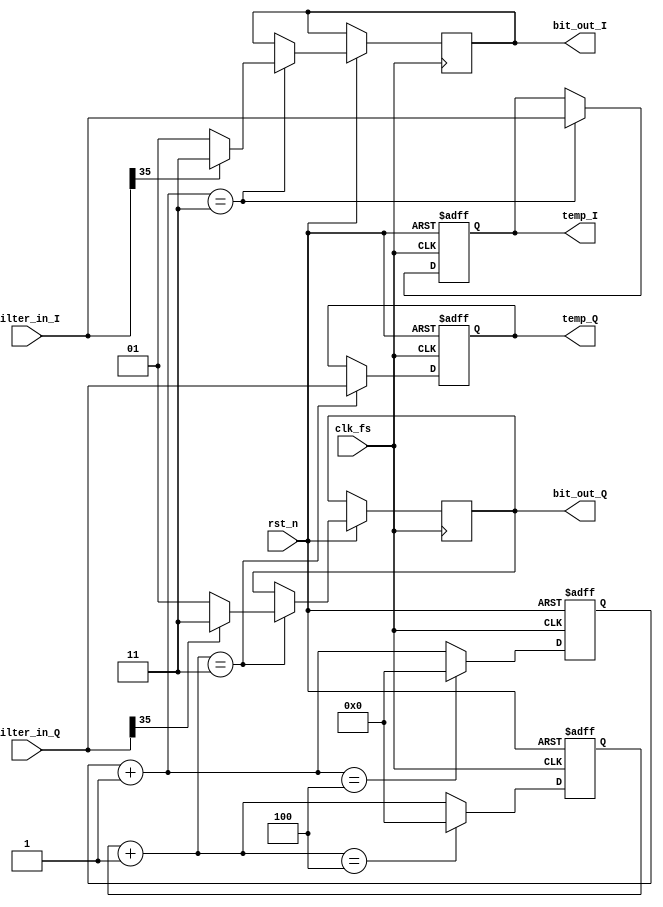
`timescale 1ns / 1ps
//////////////////////////////////////////////////////////////////////////////////
// Company: 
// Engineer: 
// 
// Design Name: 
// Module Name:    hard_decision 
// Project Name: 
// Target Devices: 
// Tool versions: 
// Description: 
//
// Dependencies: 
//
// Revision: 
// Revision 0.01 - File Created
// Additional Comments: 
//
//////////////////////////////////////////////////////////////////////////////////
module hard_decision(		//input
							clk_fs,			//10MHz
							rst_n,			//
							filter_in_I,	//I
							filter_in_Q,	//Q
							//output
							bit_out_I,		//I
							bit_out_Q,		//Q
							temp_I,			//I
							temp_Q			//Q
);

	input              		clk_fs;
	input              		rst_n;
	input		[35:0]		filter_in_I,filter_in_Q;
	output reg [1:0]  		bit_out_I,bit_out_Q;

	output	reg 		[35:0]  	temp_I;			//I
	output	reg 		[35:0]  	temp_Q;			//Q
	reg 	[3:0]	count1;
	reg		[3:0]	count2;
	reg			[35:0]		filter_in_tempI,filter_in_tempQ;
	/* ****************************************************** */
//I route decision
	always @(posedge clk_fs or negedge rst_n)begin
		if(~rst_n)begin
			temp_I = 0;
			filter_in_tempI = 0;
			count1 = 0;
		end
		else begin
			count1 = count1 + 1;
			filter_in_tempI = filter_in_I; 
			if(count1 == 3)begin
				temp_I = filter_in_tempI;
				if(temp_I[35]==1)
					bit_out_I <= 2'b11;
				else
					bit_out_I <= 2'b01;
			end
			if(count1 == 4)
				count1 = 0;
		end
	end

//Q route decision
	always @(posedge clk_fs or negedge rst_n)begin
		if(~rst_n)begin
			temp_Q = 0;
			filter_in_tempQ = 0;
			count2 = 0;
		end
		else begin
			count2 = count2 + 1;
			filter_in_tempQ = filter_in_Q; 
			if(count2 == 3)begin
				temp_Q = filter_in_tempQ;
				if(temp_Q[35]==1)
					bit_out_Q <= 2'b11;
				else
					bit_out_Q <= 2'b01;
			end
			if(count2 == 4)
				count2 = 0;
		end
	end

endmodule